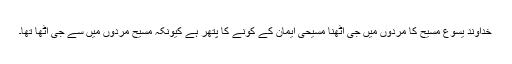
خداوند یسوع مسیح کا مردوں میں جی اٹھنا مسیحی ایمان کے کونے کا پتھر ہے کیونکہ مسیح مردوں میں سے جی اٹھا تھا۔